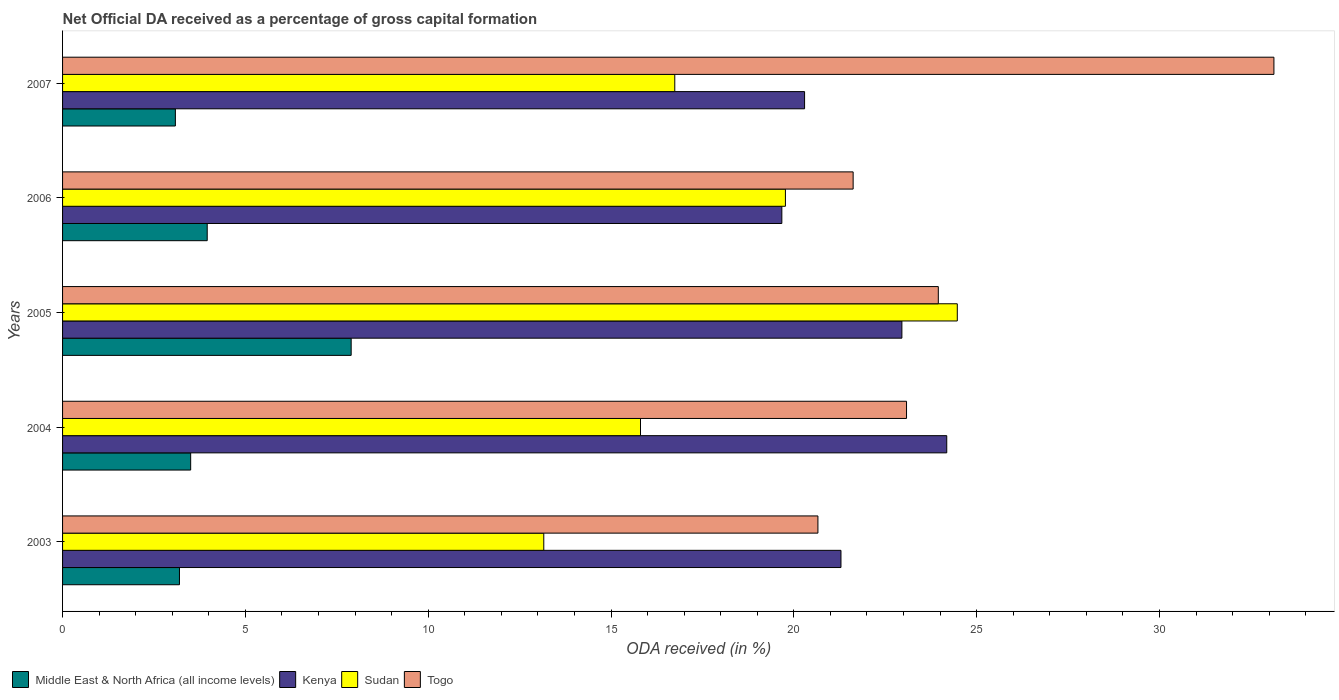
| Years | Middle East & North Africa (all income levels) | Kenya | Sudan | Togo |
 | --- | --- | --- | --- | --- |
 | 2003 | 3.2 | 21.3 | 13.2 | 20.7 |
 | 2004 | 3.5 | 24.2 | 15.8 | 23.1 |
 | 2005 | 7.89 | 23 | 24.5 | 24 |
 | 2006 | 3.96 | 19.7 | 19.8 | 21.6 |
 | 2007 | 3.09 | 20.3 | 16.7 | 33.1 |